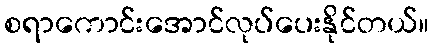
စရာကောင်းအောင်လုပ်ပေးနိုင်တယ်။